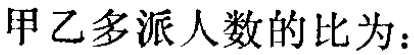
甲乙多派人数的比为：